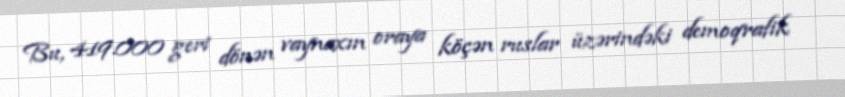
Bu, 419.000 geri dönən vaynaxın oraya köçən ruslar üzərindəki demoqrafik